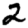
Digit: 2